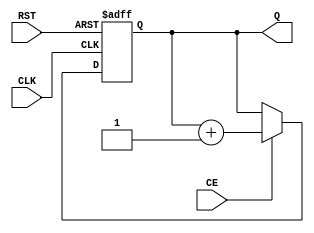
module DynamicAsynchronousCounter #(
    parameter WIDTH = 4 // Parameter to define the width of the counter
)(
    input wire CE,       // Count Enable
    input wire RST,      // Reset
    input wire CLK,      // Clock
    output reg [WIDTH-1:0] Q // Count Output
);

// Asynchronous Reset and Counting Logic
always @(posedge CLK or posedge RST) begin
    if (RST) begin
        Q <= 0; // Reset the counter to zero
    end else if (CE) begin
        Q <= Q + 1; // Increment the counter
    end
end

endmodule